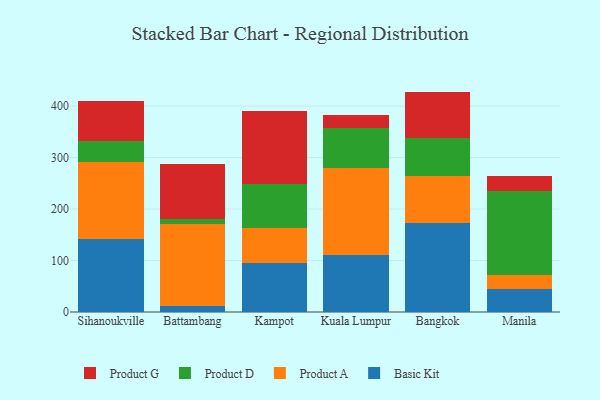
{"axis": {"x": "City", "y": "Active Users"}, "legend": ["Basic Kit", "Product A", "Product D", "Product G"], "data": [{"x": "Sihanoukville", "y": 141.4, "type": "Basic Kit"}, {"x": "Sihanoukville", "y": 149.7, "type": "Product A"}, {"x": "Sihanoukville", "y": 41.8, "type": "Product D"}, {"x": "Sihanoukville", "y": 76.6, "type": "Product G"}, {"x": "Battambang", "y": 11.9, "type": "Basic Kit"}, {"x": "Battambang", "y": 158.9, "type": "Product A"}, {"x": "Battambang", "y": 10.3, "type": "Product D"}, {"x": "Battambang", "y": 107.2, "type": "Product G"}, {"x": "Kampot", "y": 95.7, "type": "Basic Kit"}, {"x": "Kampot", "y": 68.1, "type": "Product A"}, {"x": "Kampot", "y": 85.0, "type": "Product D"}, {"x": "Kampot", "y": 142.5, "type": "Product G"}, {"x": "Kuala Lumpur", "y": 110.4, "type": "Basic Kit"}, {"x": "Kuala Lumpur", "y": 169.3, "type": "Product A"}, {"x": "Kuala Lumpur", "y": 77.6, "type": "Product D"}, {"x": "Kuala Lumpur", "y": 26.3, "type": "Product G"}, {"x": "Bangkok", "y": 173.7, "type": "Basic Kit"}, {"x": "Bangkok", "y": 91.0, "type": "Product A"}, {"x": "Bangkok", "y": 73.6, "type": "Product D"}, {"x": "Bangkok", "y": 89.8, "type": "Product G"}, {"x": "Manila", "y": 45.0, "type": "Basic Kit"}, {"x": "Manila", "y": 26.3, "type": "Product A"}, {"x": "Manila", "y": 162.9, "type": "Product D"}, {"x": "Manila", "y": 30.5, "type": "Product G"}]}